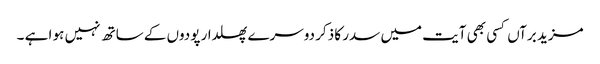
مزید برآں کسی بھی آیت میں سدر کا ذکر دوسرے پھلدار پودوں کے ساتھ نہیں ہو ا ہے ۔